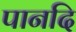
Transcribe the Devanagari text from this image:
पानदि